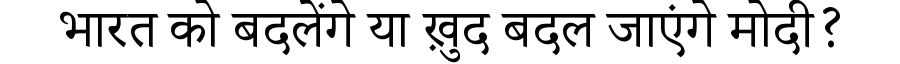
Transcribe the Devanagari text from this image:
भारत को बदलेंगे या ख़ुद बदल जाएंगे मोदी?